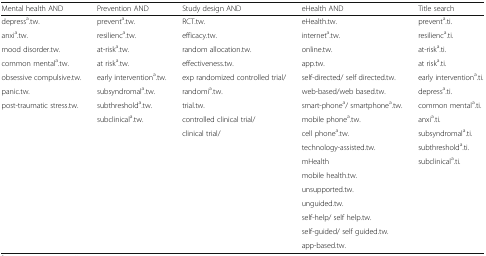
| Mental health AND | Prevention AND | Study design AND | eHealth AND | Title search |
 | --- | --- | --- | --- | --- |
 | depressa.tw. | preventa.tw. | RCT.tw. | eHealth.tw. | preventa.ti. |
 | anxia.tw. | resilienca.tw. | efficacy.tw. | interneta.tw. | resilienca.ti. |
 | mood disorder.tw. | at-riska.tw. | random allocation.tw. | online.tw. | at-riska.ti. |
 | common mentala.tw. | at riska.tw. | effectiveness.tw. | app.tw. | at riska.ti. |
 | obsessive compulsive.tw. | early interventiona.tw. | exp randomized controlled trial/ | self-directed/ self directed.tw. | early interventiona.ti. |
 | panic.tw. | subsyndromala.tw. | randomia.tw. | web-based/web based.tw. | depressa.ti. |
 | post-traumatic stress.tw. | subthresholda.tw. | trial.tw. | smart-phonea/ smartphonea.tw. | common mentala.ti. |
 |  | subclinicala.tw. | controlled clinical trial/ | mobile phonea.tw. | anxia.ti. |
 |  |  | clinical trial/ | cell phonea.tw. | subsyndromala.ti. |
 |  |  |  | technology-assisted.tw. | subthresholda.ti. |
 |  |  |  | mHealth | subclinicala.ti. |
 |  |  |  | mobile health.tw. |  |
 |  |  |  | unsupported.tw. |  |
 |  |  |  | unguided.tw. |  |
 |  |  |  | self-help/ self help.tw. |  |
 |  |  |  | self-guided/ self guided.tw. |  |
 |  |  |  | app-based.tw. |  |